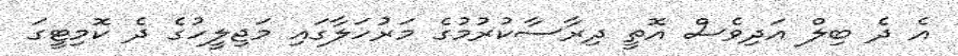
އެ ދެ ބިލް އަދިވެސް އޮތީ ދިރާސާކުރުމުގެ މަރުހަލާގައި މަޖިލީހުގެ ދެ ކޮމިޓީގަ